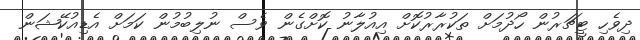
ދިވެހި ޓީޗަރުން ހޯދުމަށް ތަކުރާރުކޮށް އިއުލާނު ކޮށްގެން ވެސް ނުލިބުމުން ކަމަށް އެޑިއުކޭޝަން